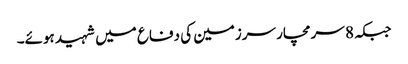
جبکہ 8 سرمچار سرزمین کی دفاع میں شہید ہوئے۔